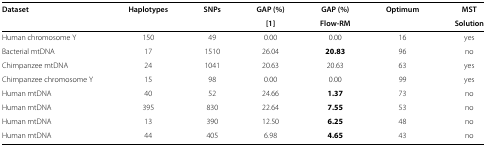
| Dataset | Haplotypes | SNPs | GAP (%) | GAP (%) | Optimum | MST |
 |  |  |  | [[1]] | Flow-RM |  | Solution |
 | --- | --- | --- | --- | --- | --- | --- |
 | Human chromosome Y | 150 | 49 | 0.00 | 0.00 | 16 | yes |
 | Bacterial mtDNA | 17 | 1510 | 26.04 | 20.83 | 96 | no |
 | Chimpanzee mtDNA | 24 | 1041 | 20.63 | 20.63 | 63 | yes |
 | Chimpanzee chromosome Y | 15 | 98 | 0.00 | 0.00 | 99 | yes |
 | Human mtDNA | 40 | 52 | 24.66 | 1.37 | 73 | no |
 | Human mtDNA | 395 | 830 | 22.64 | 7.55 | 53 | no |
 | Human mtDNA | 13 | 390 | 12.50 | 6.25 | 48 | no |
 | Human mtDNA | 44 | 405 | 6.98 | 4.65 | 43 | no |